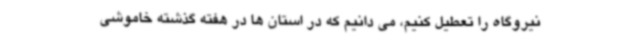
نیروگاه را تعطیل کنیم، می دانیم که در استان ها در هفته گذشته خاموشی